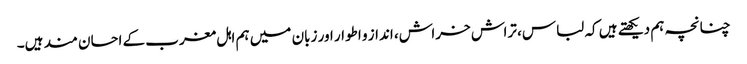
چنانچہ ہم دیکھتے ہیں کہ لباس، تراش خراش، انداز و اطوار اور زبان میں ہم اہل مغرب کے احسان مند ہیں۔